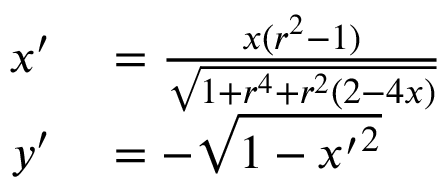
\begin{array} { r l } { x ^ { \prime } } & { { } = \frac { x ( r ^ { 2 } - 1 ) } { \sqrt { 1 + r ^ { 4 } + r ^ { 2 } ( 2 - 4 x ) } } } \\ { y ^ { \prime } } & { { } = - \sqrt { 1 - { x ^ { \prime } } ^ { 2 } } } \end{array}